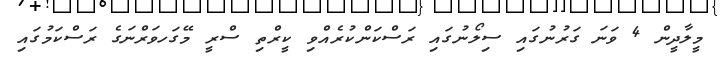
މީލާދީން 4 ވަނަ ގަރުނުގައި ސިލޯނުގައި ރަސްކަންކުރެއްވި ކީރްތި ސްރީ މޭގަހވަރްނަގެ ރަސްކަމުގައި